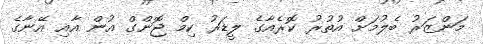
މަންޒަރު ބެލުމަށް އުތުރު ކޮރެއާގެ ލީޑަރު ކިމް ޖޮންގް އުން އާއި އޭނާގެ